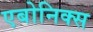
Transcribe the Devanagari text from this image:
एबोनिक्स